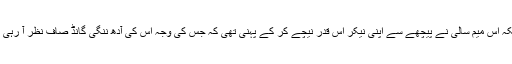
کیونکہ اس میم سالی نے پیچھے سے اپنی نیکر اس قدر نیچے کر کے پہنی تھی کہ جس کی وجہ اس کی آدھ ننگی گانڈ صاف نظر آ رہی تھی۔